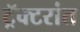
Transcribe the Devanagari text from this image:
ट्रॅक्टरांत